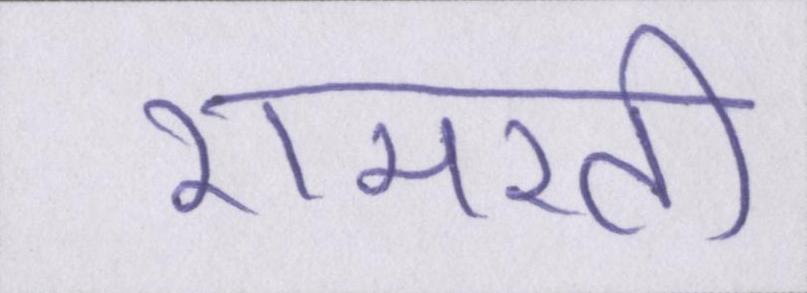
रामरती